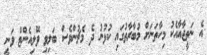
އެ ނަތީޖާއާއެކު މިހާތަނަށް މުބާރާތުގައި ކުޅުނު ދެ މެޗުންވެސް ބަލިވި ވޭލިއެންޓް ވަނީ